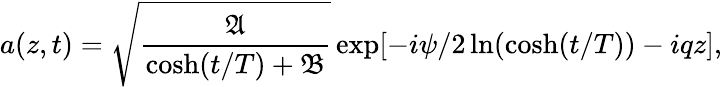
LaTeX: a(z,t)=\sqrt{\frac{\mathfrak{A}}{\cosh(t/T)+\mathfrak{B}}}\exp[-i\psi/2\ln(\cosh(t/T))-iqz],